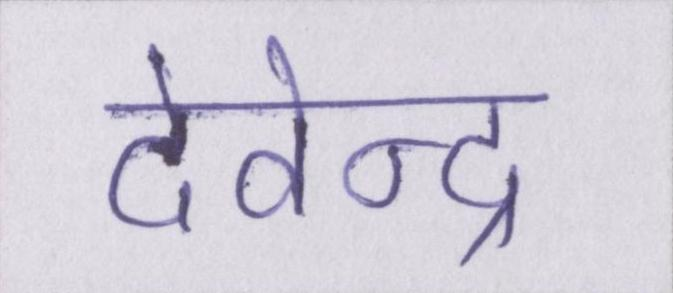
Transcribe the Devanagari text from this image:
देवेन्द्र